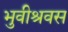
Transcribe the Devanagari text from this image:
भुवीश्रवस